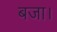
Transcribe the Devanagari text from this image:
बजा।